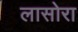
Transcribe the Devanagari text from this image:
लासोरा